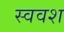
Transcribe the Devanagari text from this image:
स्ववश